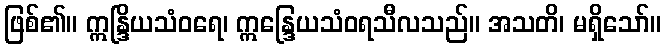
ဖြစ်၏။ ဣန္ဒြိယသံဝရေ၊ ဣန္ဒြေယသံဝရသီလသည်။ အသတိ၊ မရှိသော်။